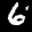
Label: 6